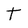
Character: T